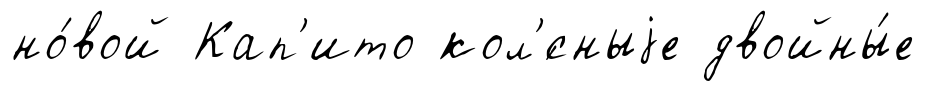
но́вой Кап'ито кол'́сныjе двойны́е